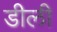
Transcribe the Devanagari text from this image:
डीली